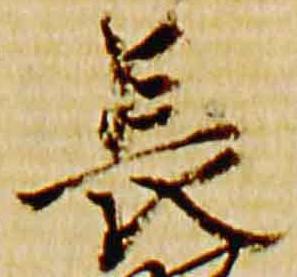
長